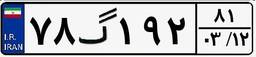
۷۸گ۲۶۶۵۰